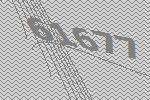
61677